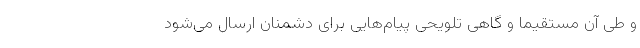
و طی آن مستقیماً و گاهی تلویحی پیام‌هایی برای دشمنان ارسال می‌شود